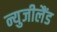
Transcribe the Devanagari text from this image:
न्युजीलैंड